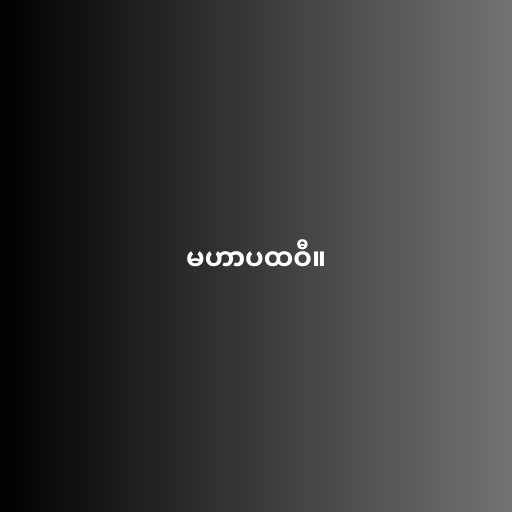
မဟာပထဝီ။